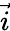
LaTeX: \vec{i}